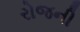
રોજની